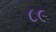
૮૯